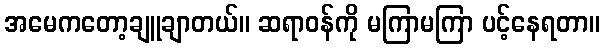
အမေကတော့ချူချာတယ်။ ဆရာဝန်ကို မကြာမကြာ ပင့်နေရတာ။